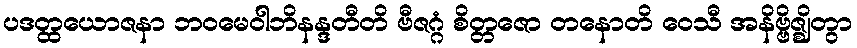
ပဒတ္ထယောဇနာ ဘဝမေဝါဘိနန္ဒတီတိ ဗီဇဂ္ဂံ စိတ္တဇော တနောတိ ဝေသီ အနိဗ္ဗိဇ္ဈိတွာ